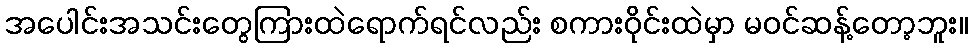
အပေါင်းအသင်းတွေကြားထဲရောက်ရင်လည်း စကားဝိုင်းထဲမှာ မဝင်ဆန့်တော့ဘူး။